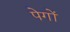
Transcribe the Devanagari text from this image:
पेगों